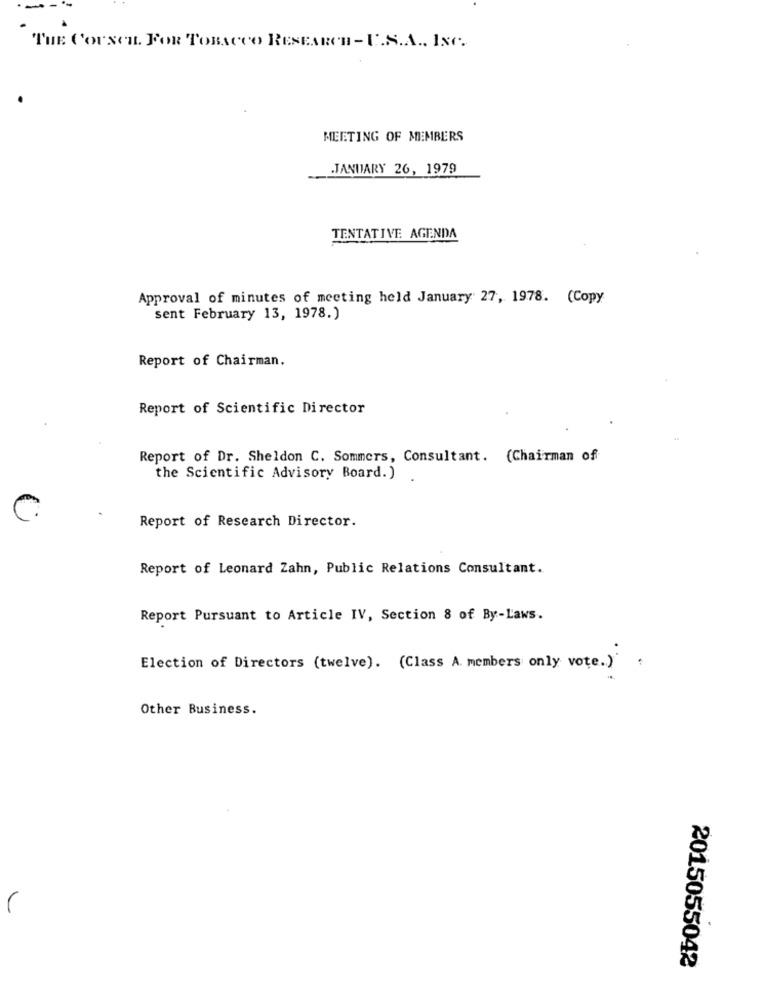
THE COUNCIL. FOR TOBACCO RESEARCH - C.S.A ., INC.
MEETING OF MEMBERS
JANUARY 26, 1979
TENTATIVE AGENDA
Approval of minutes of meeting held January 27, 1978. (Copy
sent February 13, 1978.)
Report of Chairman.
Report of Scientific Director
Report of Dr. Sheldon C. Sommers, Consultant. (Chairman of
the Scientific Advisory Board.)
Report of Research Director.
Report of Leonard Zahn, Public Relations Consultant.
Report Pursuant to Article IV, Section 8 of By-Laws.
Election of Directors (twelve). (Class A. members only vote.)
Other Business.
2015055042